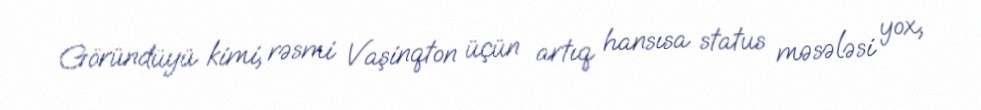
Göründüyü kimi, rəsmi Vaşinqton üçün artıq hansısa status məsələsi yox,